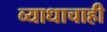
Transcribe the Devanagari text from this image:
व्याधाचाही